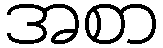
အစာ